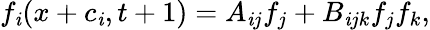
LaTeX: f_{\mathit{i}}(x+c_{\mathit{i}},t+1)=A_{\mathit{i}j}f_{j}+B_{\mathit{i}jk}f_{j}f_{k},